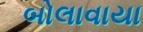
બોલાવાયા